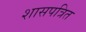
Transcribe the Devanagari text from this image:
शासपत्रित